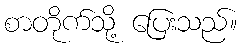
စာတိုက်သို့ ပြေးသည်။